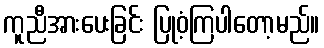
ကူညီအားပေးခြင်း ပြုဝံ့ကြပါတော့မည်။